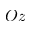
O z